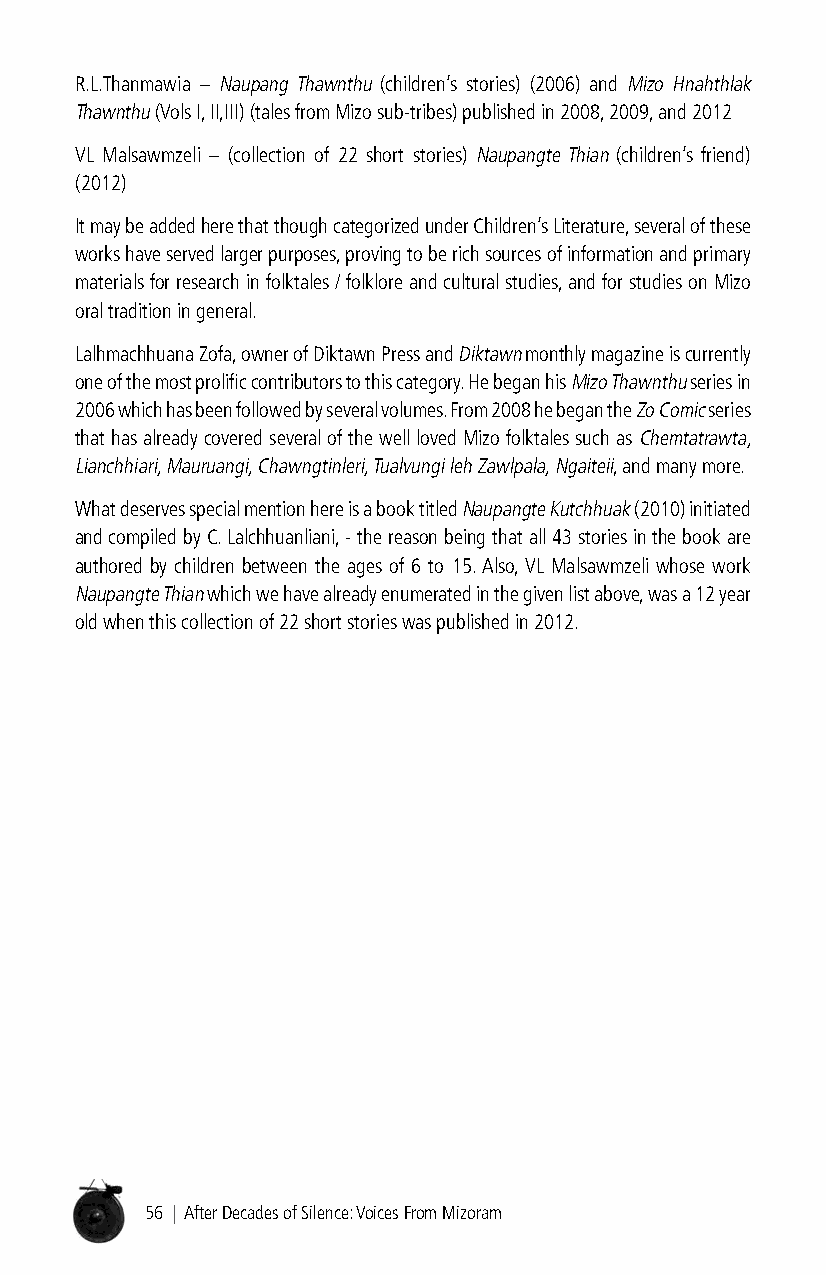
R.L.Thanmawia – Naupang Thawnthu (children’s stories) (2006) and Mizo Hnahthlak
 Thawnthu (Vols I, II,III) (tales from Mizo sub-tribes) published in 2008, 2009, and 2012
 VL Malsawmzeli – (collection of 22 short stories) Naupangte Thian (children’s friend)
 (2012)
 It may be added here that though categorized under Children’s Literature, several of these
 works have served larger purposes, proving to be rich sources of information and primary
 materials for research in folktales / folklore and cultural studies, and for studies on Mizo
 oral tradition in general.
 Lalhmachhuana Zofa, owner of Diktawn Press and Diktawn monthly magazine is currently
 one of the most prolific contributors to this category. He began his Mizo Thawnthu series in
 2006 which has been followed by several volumes. From 2008 he began the Zo Comic series
 that has already covered several of the well loved Mizo folktales such as Chemtatrawta,
 Lianchhiari, Mauruangi, Chawngtinleri, Tualvungi leh Zawlpala, Ngaiteii, and many more.
 What deserves special mention here is a book titled Naupangte Kutchhuak (2010) initiated
 and compiled by C. Lalchhuanliani, - the reason being that all 43 stories in the book are
 authored by children between the ages of 6 to 15. Also, VL Malsawmzeli whose work
 Naupangte Thian which we have already enumerated in the given list above, was a 12 year
 old when this collection of 22 short stories was published in 2012.
 56 | After Decades of Silence: Voices From Mizoram